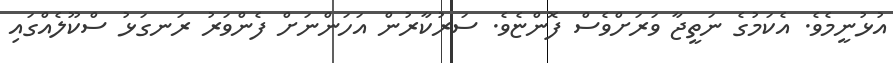
އުޅުނީމެވެ. އެކަމުގެ ނަތީޖާ ވަރަށްވެސް ފޮންޏެވެ. ސަރުކާރުން އަހަންނަށް ފެންވަރު ރަނގަޅު ސްކޫލެއްގައި